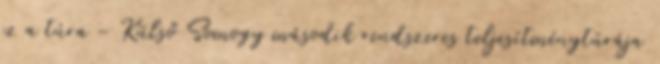
ez a túra - Külső Somogy második rendszeres teljesítménytúrája